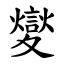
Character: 夑